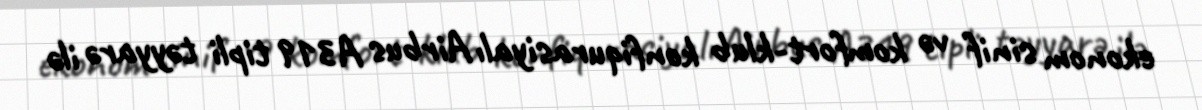
ekonom sinif və komfort-klub konfiqurasiyalı Airbus A319 tipli təyyarə ilə